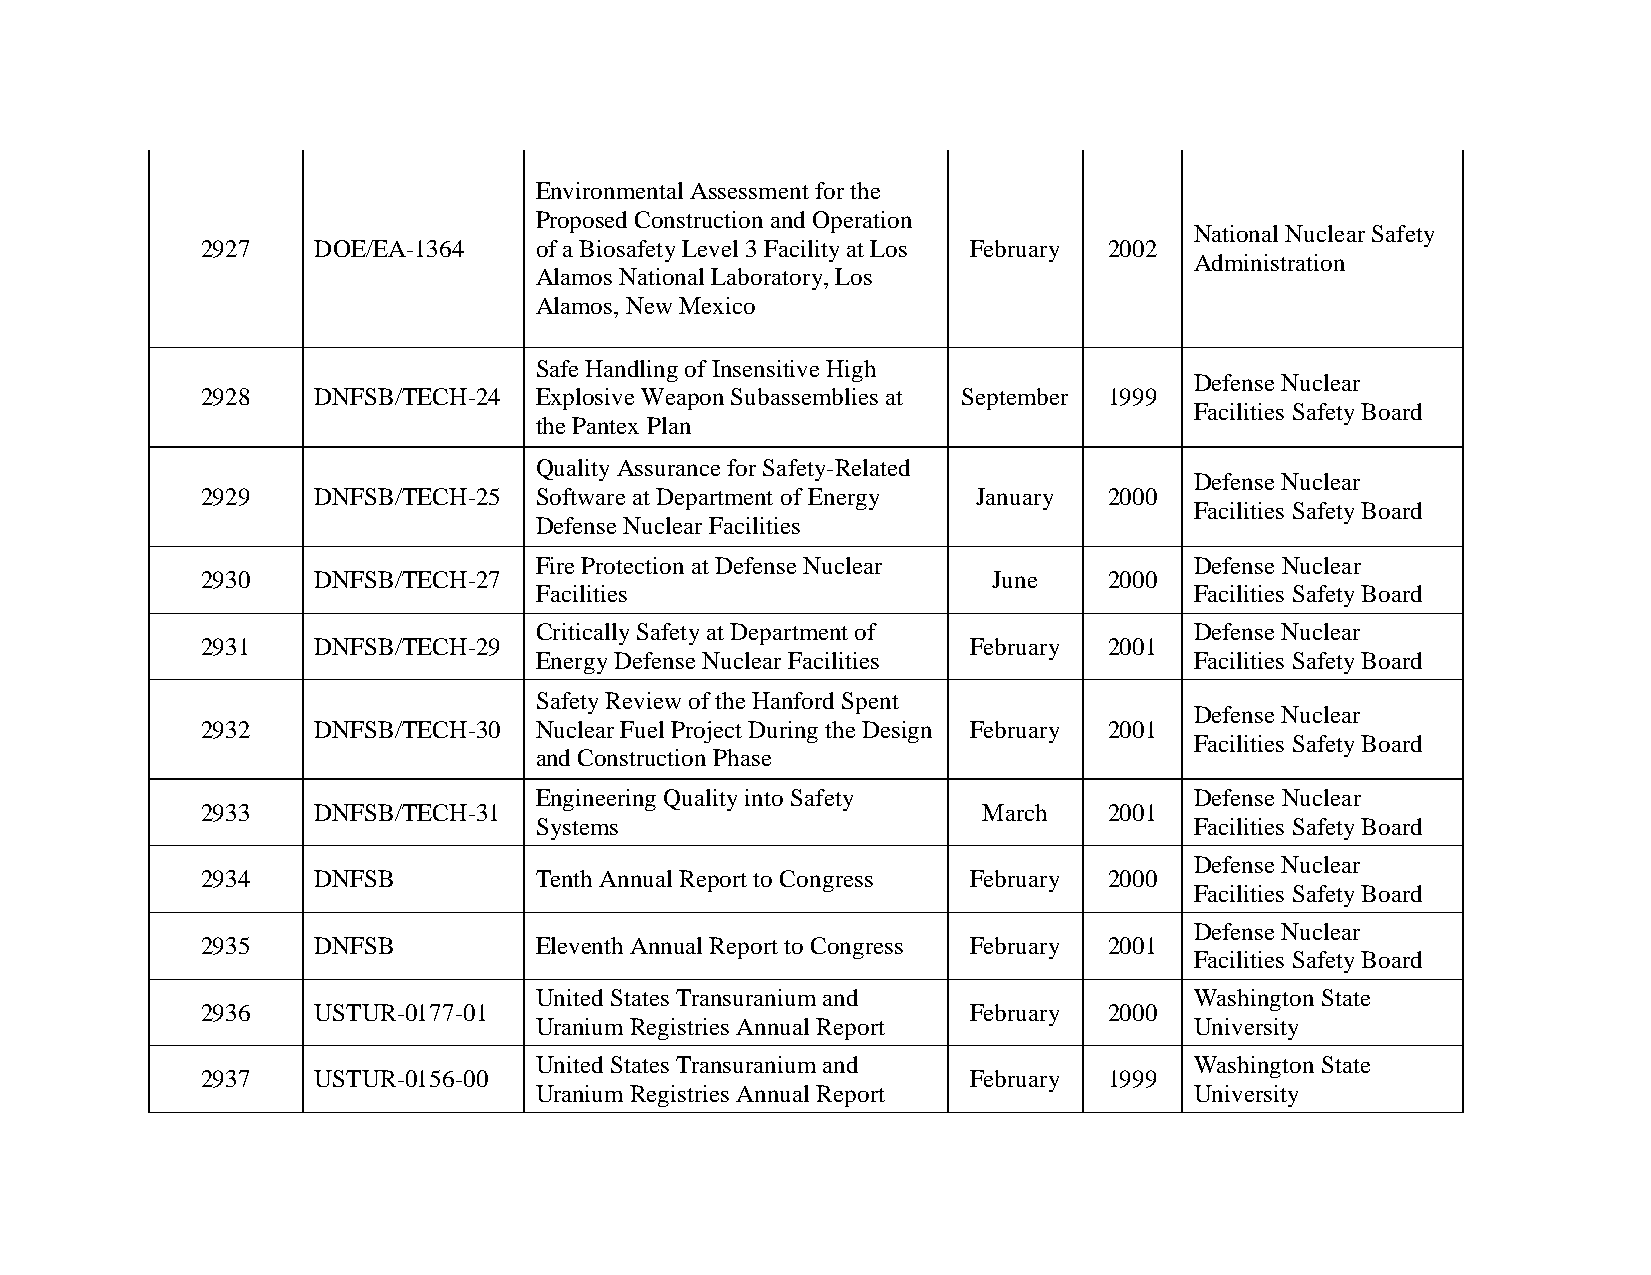
Environmental Assessment for the
 Proposed Construction and Operation
 National Nuclear Safety
 2927    DOE/EA-1364   of a Biosafety Level 3 Facility at Los February 2002
 Administration
 Alamos National Laboratory, Los
 Alamos, New Mexico
 Safe Handling of Insensitive High
 Defense Nuclear
 2928    DNFSB/TECH-24 Explosive Weapon Subassemblies at September 1999
 Facilities Safety Board
 the Pantex Plan
 Quality Assurance for Safety-Related
 Defense Nuclear
 2929    DNFSB/TECH-25 Software at Department of Energy January 2000
 Facilities Safety Board
 Defense Nuclear Facilities
 Fire Protection at Defense Nuclear          Defense Nuclear
 2930    DNFSB/TECH-27                                June   2000
 Facilities                                  Facilities Safety Board
 Critically Safety at Department of          Defense Nuclear
 2931    DNFSB/TECH-29                              February 2001
 Energy Defense Nuclear Facilities           Facilities Safety Board
 Safety Review of the Hanford Spent
 Defense Nuclear
 2932    DNFSB/TECH-30 Nuclear Fuel Project During the Design February 2001
 Facilities Safety Board
 and Construction Phase
 Engineering Quality into Safety             Defense Nuclear
 2933    DNFSB/TECH-31                               March   2001
 Systems                                     Facilities Safety Board
 Defense Nuclear
 2934    DNFSB         Tenth Annual Report to Congress February 2000
 Facilities Safety Board
 Defense Nuclear
 2935    DNFSB         Eleventh Annual Report to Congress February 2001
 Facilities Safety Board
 United States Transuranium and              Washington State
 2936    USTUR-0177-01                              February 2000
 Uranium Registries Annual Report            University
 United States Transuranium and              Washington State
 2937    USTUR-0156-00                              February 1999
 Uranium Registries Annual Report            University